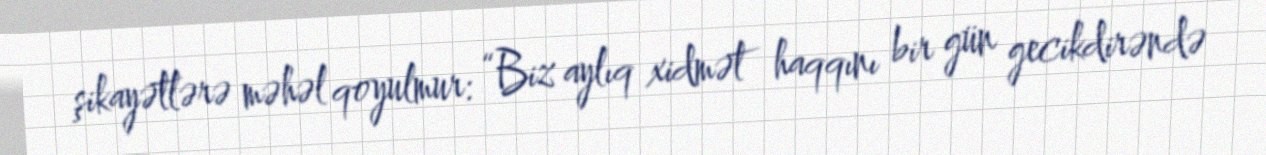
şikayətlərə məhəl qoyulmur: “Biz aylıq xidmət haqqını bir gün gecikdirəndə